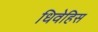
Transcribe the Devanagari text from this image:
धिवेहिस